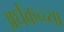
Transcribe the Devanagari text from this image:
अर्धकच्च्या